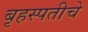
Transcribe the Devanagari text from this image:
बृहस्पतीचे